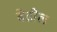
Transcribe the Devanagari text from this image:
बेढौल